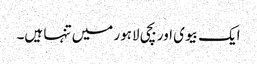
ایک بیوی اور بچی لاہور میں تنہا ہیں۔